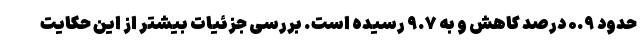
حدود ۰.۹ درصد کاهش و به ۹.۷ رسیده است. بررسی جزئیات بیشتر از این حکایت